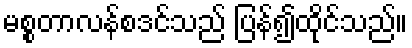
မစ္စတာလန်စဒင်သည် ပြန်၍ထိုင်သည်။